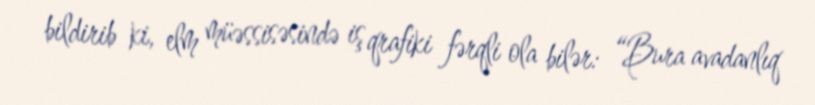
bildirib ki, elm müəssisəsində iş qrafiki fərqli ola bilər: “Bura avadanlıq